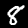
Label: 8